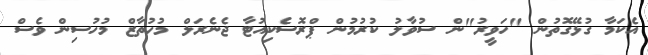
އެކަމާ ގުޅޭގޮތުން "ހަވީރު"ން ސުވާލު ކުރުމުން ޕްރޮސެކިއުޓާ ޖެނެރަލް މުހުތާޒް މުހުސިން ވެސް